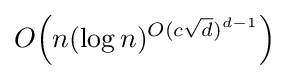
O{\left(n(\log n)^{O(c{\sqrt {d}})^{d-1}}\right)}